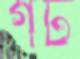
গট